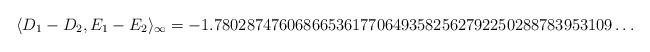
LaTeX: \begin{align*} \langle D_1-D_2, E_1-E_2 \rangle_\infty = -1.7802874760686653617706493582562792250288783953109\dots\end{align*}